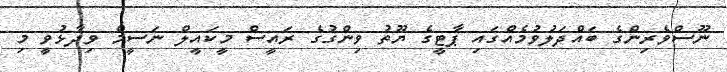
ނޫސްވެރިންގެ ބައްދަލުވުމެއްގައި ޕާޓީގެ ޔޫތު ވިންގުގެ ރައީސް މީކައީލް ނަސީމް ވިދާޅުވީ މި